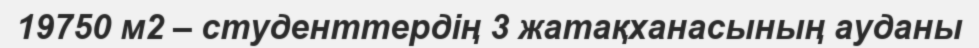
19750 м2 – студенттердің 3 жатақханасының ауданы